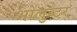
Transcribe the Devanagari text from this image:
भोलुन्टर